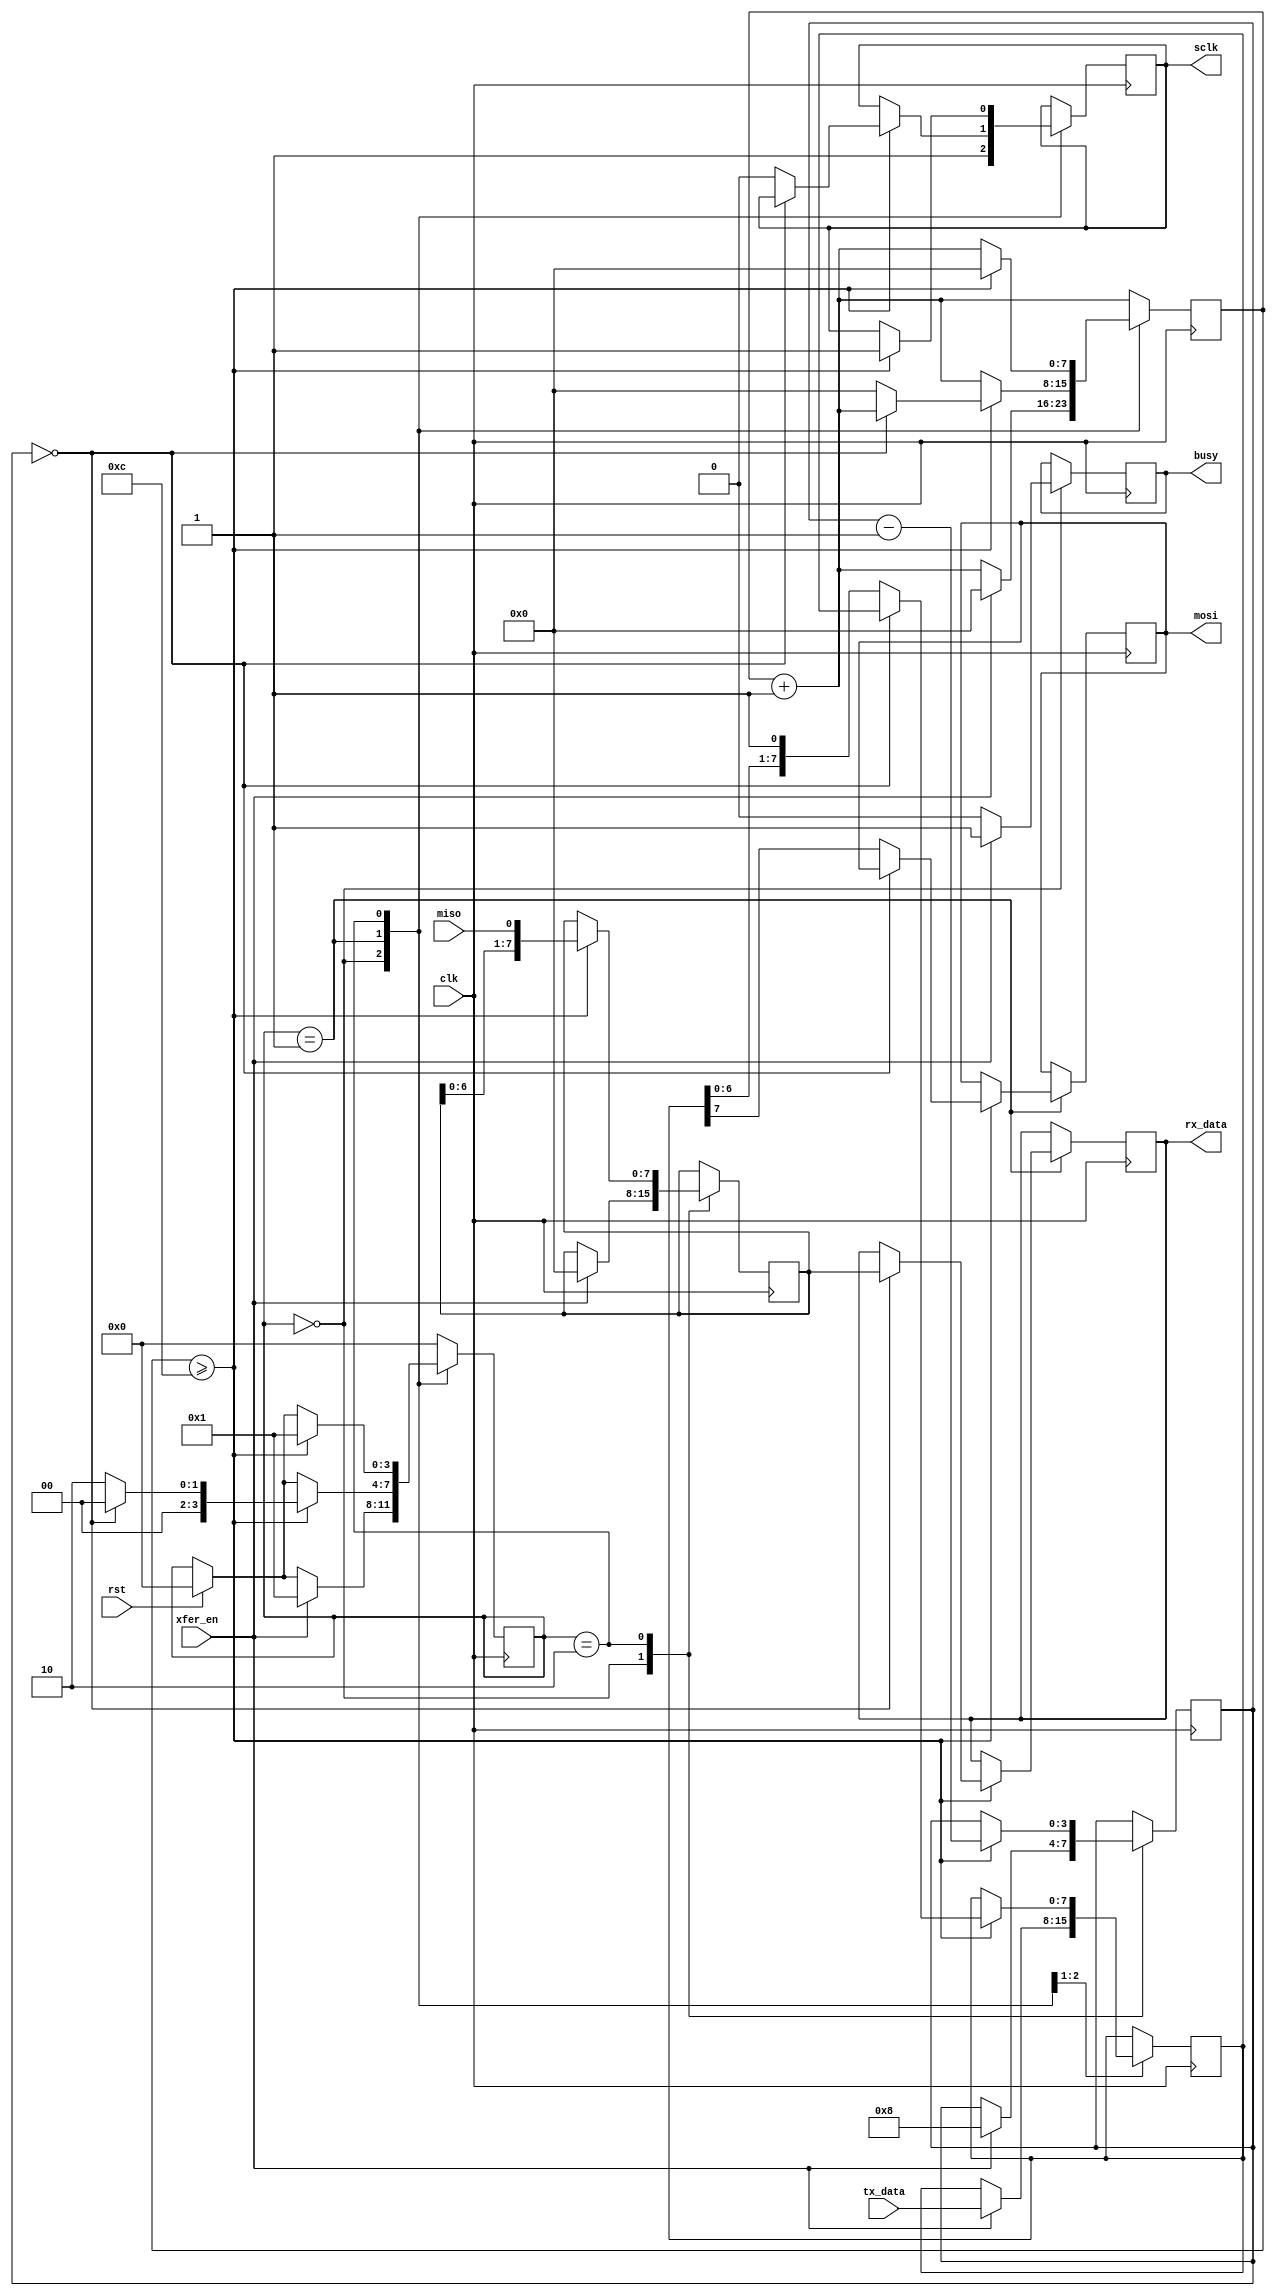
`timescale 1ns / 1ps
//////////////////////////////////////////////////////////////////////////////////
//
//////////////////////////////////////////////////////////////////////////////////
    
module SpiMasterXfer (
    input            clk,
    input            rst,
    input            xfer_en,
    input            miso,
    input  [7:0]     tx_data,
    output reg       busy,
    output reg       mosi,
    output reg       sclk,
    output reg [7:0] rx_data
  );
  
    parameter s_idle  = 4'h0;
    parameter s_setup = 4'h1;
    parameter s_read  = 4'h2;
    parameter s_check = 4'h3;
    
    // Assumes base clock of 50Mhz and and spi clock of 2Mhz
    // The time between edges is twice the clock rate
    parameter CLOCKS = 50_000_000/2_000_000/2;
  

    reg [7:0] cnt;
    reg [7:0] tgt;
    reg [3:0] state;   // Big enough to enumerate all states
    reg [3:0] bitCnt;  // bit enough to count to 8
    reg [7:0] tx;
    reg [7:0] rx;

    
    // Run state machine to clock out/in bits
    always @(posedge clk) 
    begin
    
        // Deal with reset
        if (rst)
        begin
          cnt  <= 0;
          state <= s_idle;
        end
    
        // Increment counter
        cnt <= cnt + 8'h1;
        
        case (state)
        
        //******************************************
        // Waiting for xfer_en to go high
        //******************************************
        s_idle:
        begin

            // In idle the clock is high and we are not busy        
            busy   <= 0;
            sclk   <= 1;
            
            // On a transfer request
            if (xfer_en)
            begin
            
                // Caputure the user's input
                tx <= tx_data;
                
                // Reset the receive accumulator
                rx <= 8'h0;

                // reset bits to clock out                
                bitCnt <= 4'h8;
            
                // Indicate we are busy
                busy  <= 1;
                
                // Set up for next state
                cnt   <= 0;
                state <= s_setup;
                
            end
        end
            
        //******************************************
        // On falling edge of sclk, setup MOSI data    
        //******************************************
        s_setup:
        begin
        
          // If another SCLK has passed
          if (cnt >= CLOCKS)
          begin
          
            // If we have clocked out all the bits
            if (bitCnt == 0)
            begin
              
                // If we have, capture the accumulated received value
                rx_data <= rx;
                  
                // Return to Idle state
                state <= s_idle;
                
            end
            else
            begin

              // Set up the next bit to trasmit          
              mosi <= tx[7];
              
              // Expose the next bit to transmit for next pass
              tx <= {tx[6:0], 1'h1};
              
              // Lower the clock
              sclk <= 0;
              
              // Set up for next state
              cnt   <= 0;
              state <= s_read;
              
            end  
          end  
        end
            
        //******************************************
        // On rising edge of sclk, read MISO    
        //******************************************
        s_read:
        begin
        
          // If the right time has come for rising edge
          if (cnt >= CLOCKS)
          begin
          
            // Pull up clock
            sclk <= 1;
            
            // Shift in the value of MISO
            rx <= {rx[6:0], miso};
            
            // Decrement the bit count
            bitCnt <= bitCnt - 1'h1;
                
            // Return to setup
            cnt   <= 0;
            state <= s_setup;
            
          end
          
        end
          
        //******************************************
        // Should not get here!    
        //******************************************
        default:
            state <= s_idle;        
        endcase
        
    end  // end always on risign clk

endmodule